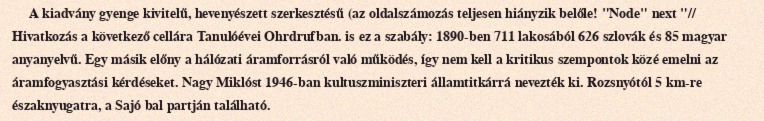
A kiadvány gyenge kivitelű, hevenyészett szerkesztésű (az oldalszámozás teljesen hiányzik belőle! "Node" next "// Hivatkozás a következő cellára Tanulóévei Ohrdrufban. is ez a szabály: 1890-ben 711 lakosából 626 szlovák és 85 magyar anyanyelvű. Egy másik előny a hálózati áramforrásról való működés, így nem kell a kritikus szempontok közé emelni az áramfogyasztási kérdéseket. Nagy Miklóst 1946-ban kultuszminiszteri államtitkárrá nevezték ki. Rozsnyótól 5 km-re északnyugatra, a Sajó bal partján található.